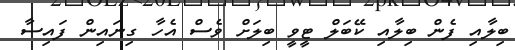
ބިލާއި ފެން ބިލާއި ކޭބަލް ޓީވީ ބިލަށް ވެސް އެހާ ގިނައިން ފައިސާ